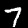
Digit: 7